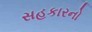
સહકારનો